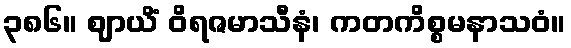
၃၈၆။ ဈာယိံ ဝိရဇမာသီနံ၊ ကတကိစ္စမနာသဝံ။